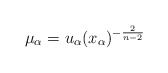
\begin{align*}\mu_\alpha=u_\alpha(x_\alpha)^{-\frac{2}{n-2}}\end{align*}